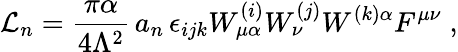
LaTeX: {\cal L}_{n}=\frac{\pi\alpha}{4\Lambda^{2}}\, a_{n}\, \epsilon_{ijk}W_{\mu\alpha}^{(i)}W_{\nu}^{(j)}W^{(k)\alpha}F^{\mu\nu}\; ,